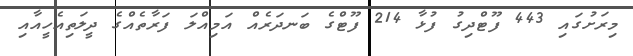
މިރަށުގައި 443 ފޫޓްދިގު ފުޅާ 214 ފޫޓްގެ ބަނދަރެއް އަމިއްލަ ފަރާތެއްގެ ދީލަތިއެހީއާއި